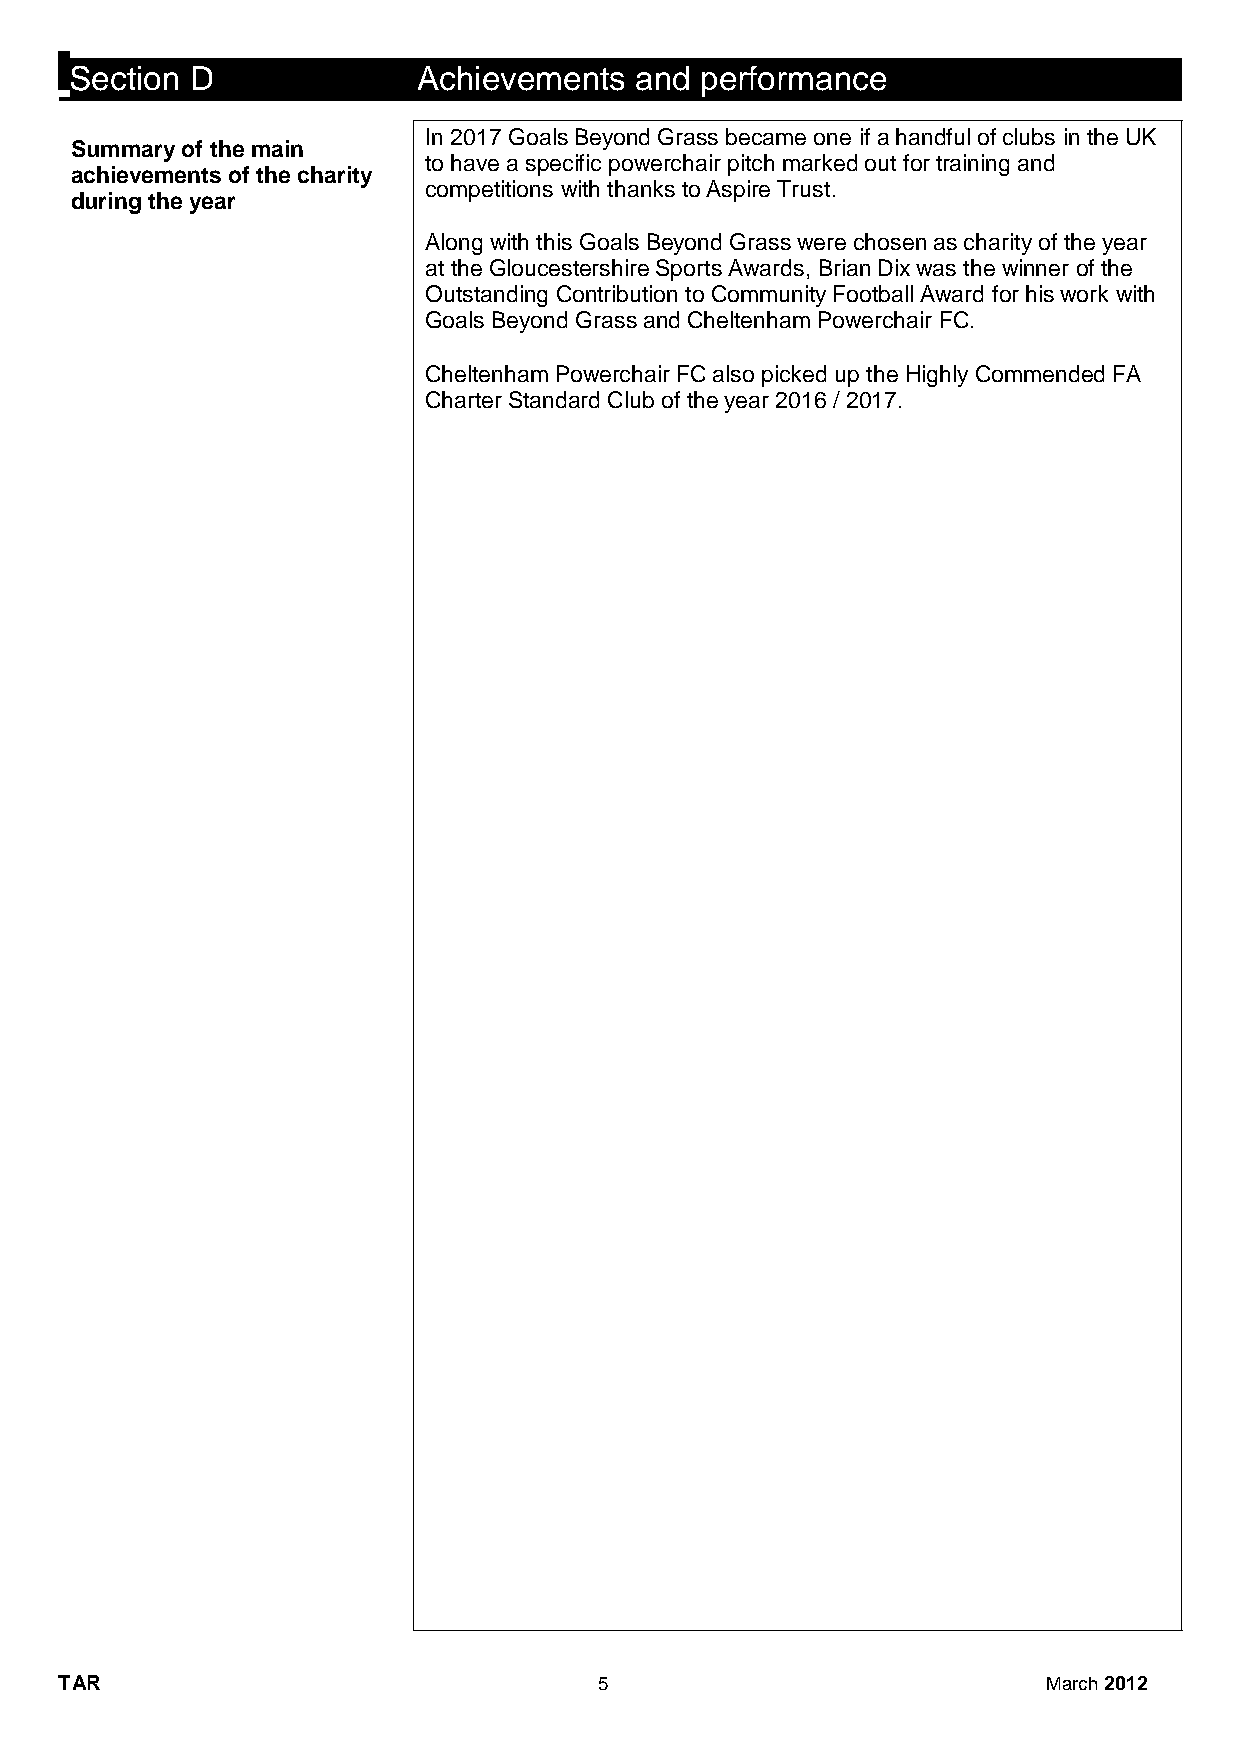
Section D              Achievements  and performance
 In 2017 Goals Beyond Grass became one if a handful of clubs in the UK
 Summary of the main
 to have a specific powerchair pitch marked out for training and
 achievements of the charity
 competitions with thanks to Aspire Trust.
 during the year
 Along with this Goals Beyond Grass were chosen as charity of the year
 at the Gloucestershire Sports Awards, Brian Dix was the winner of the
 Outstanding Contribution to Community Football Award for his work with
 Goals Beyond Grass and Cheltenham Powerchair FC.
 Cheltenham Powerchair FC also picked up the Highly Commended FA
 Charter Standard Club of the year 2016 / 2017.
 TAR                                 5                            March 2012